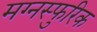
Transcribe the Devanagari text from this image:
मग्नस्फुरिक